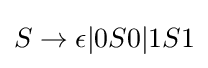
S\rightarrow \epsilon |0S0|1S1